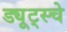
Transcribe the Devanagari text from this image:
ड्यूट्स्चे